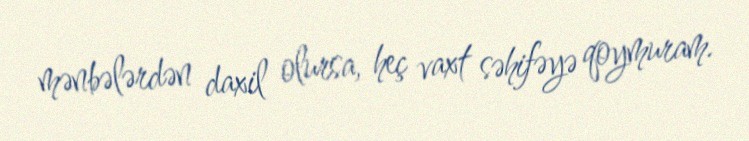
mənbələrdən daxil olursa, heç vaxt səhifəyə qoymuram.